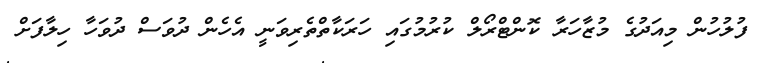
ފުލުހުން މިއަދުގެ މުޒާހަރާ ކޮންޓްރޯލް ކުރުމުގައި ހަރަކާތްތެރިވަނީ އެހެން ދުވަސް ދުވަހާ ހިލާފަށް